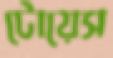
টোয়েস